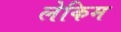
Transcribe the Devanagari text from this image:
लेकिम